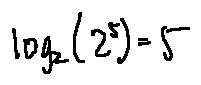
\log _ { 2 } ( 2 ^ { 5 } ) = 5